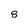
Character: 8